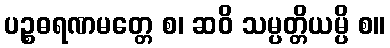
ပဉ္စဓရဏမတ္တေ စ၊ ဆဝိ သမ္ပတ္တိယမ္ပိ စ။